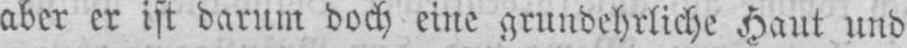
aber er ist darum doch eine grundehrliche Haut und